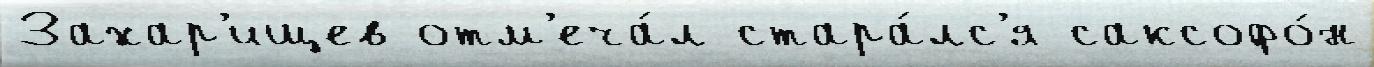
Захар'ищев отм'еча́л стара́лс'я саксофо́н